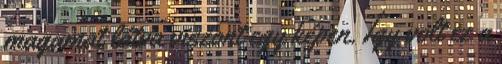
magamat látva viszont egy képen. Így volt ez a